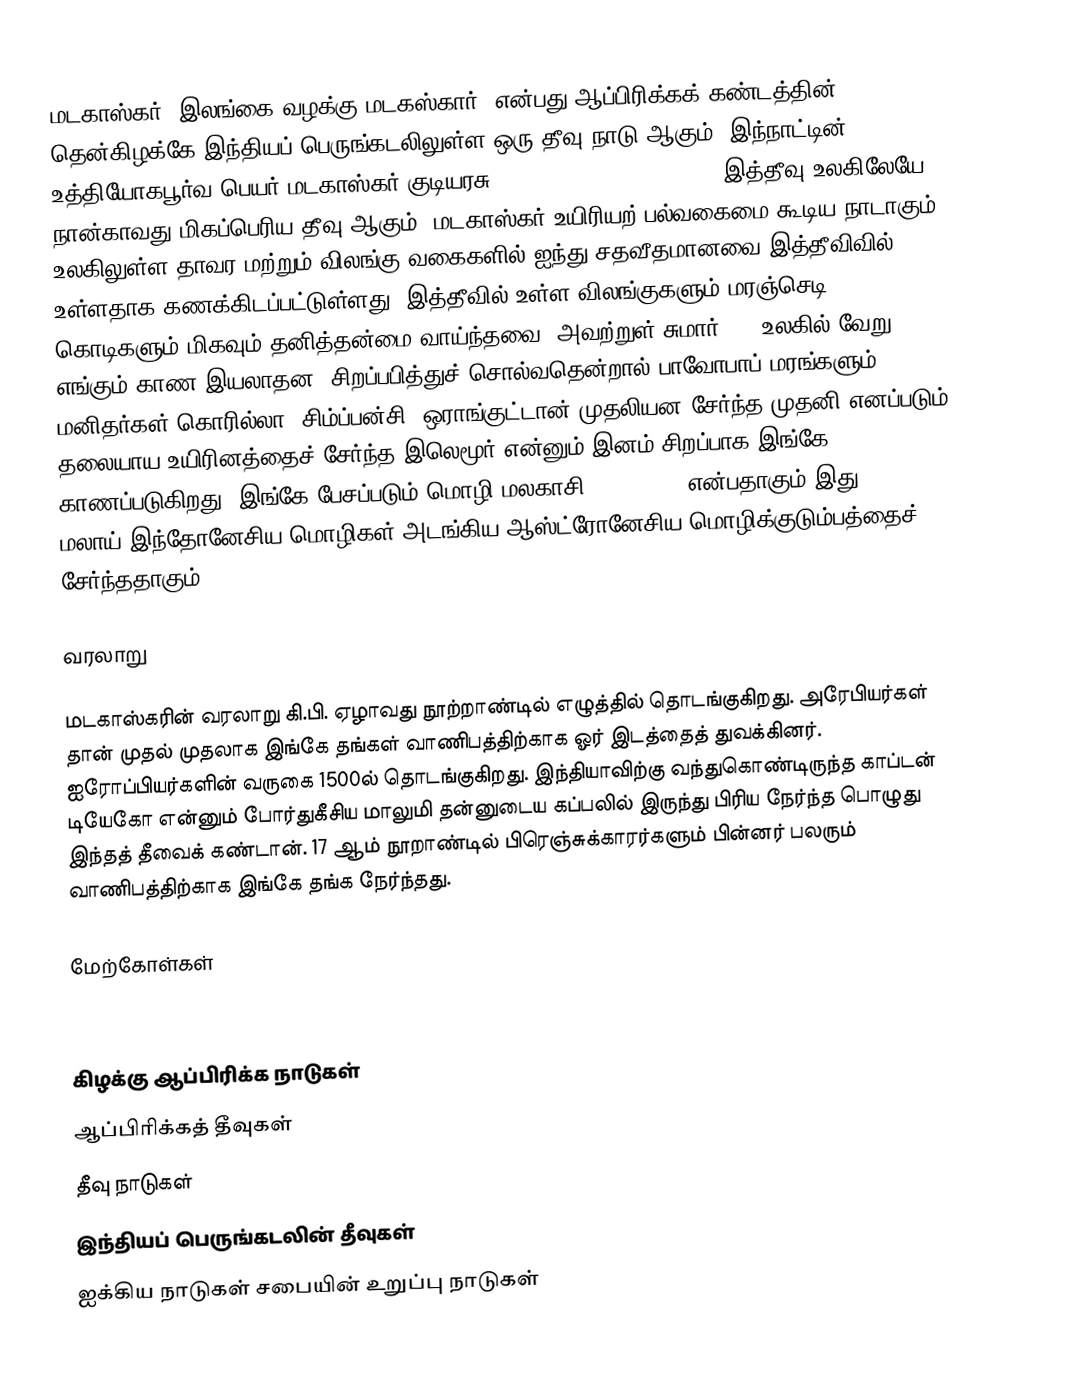
மடகாஸ்கர் (இலங்கை வழக்கு:மடகஸ்கார்) என்பது ஆப்பிரிக்கக் கண்டத்தின் தென்கிழக்கே இந்தியப் பெருங்கடலிலுள்ள ஒரு தீவு நாடு ஆகும். இந்நாட்டின்  உத்தியோகபூர்வ பெயர் மடகாஸ்கர் குடியரசு (Republic of Madagascar). இத்தீவு உலகிலேயே நான்காவது மிகப்பெரிய தீவு ஆகும். மடகாஸ்கர் உயிரியற் பல்வகைமை கூடிய நாடாகும். உலகிலுள்ள தாவர மற்றும் விலங்கு வகைகளில் ஐந்து சதவீதமானவை இத்தீவிவில் உள்ளதாக கணக்கிடப்பட்டுள்ளது. இத்தீவில் உள்ள விலங்குகளும் மரஞ்செடி கொடிகளும் மிகவும் தனித்தன்மை வாய்ந்தவை. அவற்றுள் சுமார் 80% உலகில் வேறு எங்கும் காண இயலாதன. சிறப்பபித்துச் சொல்வதென்றால்  பாவோபாப் மரங்களும், மனிதர்கள்,கொரில்லா, சிம்ப்பன்சி, ஒராங்குட்டான் முதலியன சேர்ந்த முதனி எனப்படும் தலையாய உயிரினத்தைச் சேர்ந்த இலெமூர் என்னும் இனம் சிறப்பாக இங்கே காணப்படுகிறது. இங்கே பேசப்படும் மொழி மலகாசி (mal-gazh) என்பதாகும்.இது மலாய்,இந்தோனேசிய மொழிகள் அடங்கிய ஆஸ்ட்ரோனேசிய மொழிக்குடும்பத்தைச் சேர்ந்ததாகும்.

வரலாறு

மடகாஸ்கரின் வரலாறு கி.பி. ஏழாவது நூற்றாண்டில் எழுத்தில் தொடங்குகிறது. அரேபியர்கள் தான் முதல் முதலாக இங்கே தங்கள் வாணிபத்திற்காக ஓர் இடத்தைத் துவக்கினர். ஐரோப்பியர்களின் வருகை 1500ல் தொடங்குகிறது. இந்தியாவிற்கு வந்துகொண்டிருந்த காப்டன் டியேகோ என்னும் போர்துகீசிய மாலுமி தன்னுடைய கப்பலில் இருந்து பிரிய நேர்ந்த பொழுது இந்தத் தீவைக் கண்டான். 17 ஆம் நூறாண்டில் பிரெஞ்சுக்காரர்களும் பின்னர் பலரும் வாணிபத்திற்காக இங்கே தங்க நேர்ந்தது.

மேற்கோள்கள்

கிழக்கு ஆப்பிரிக்க நாடுகள்
ஆப்பிரிக்கத் தீவுகள்
தீவு நாடுகள்
இந்தியப் பெருங்கடலின் தீவுகள்
ஐக்கிய நாடுகள் சபையின் உறுப்பு நாடுகள்